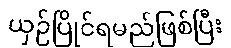
ယှဉ်ပြိုင်ရမည်ဖြစ်ပြီး